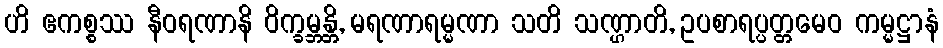
ဟိ ဧကစ္စဿ နီဝရဏာနိ ဝိက္ခမ္ဘန္တိ, မရဏာရမ္မဏာ သတိ သဏ္ဌာတိ, ဥပစာရပ္ပတ္တမေဝ ကမ္မဋ္ဌာနံ